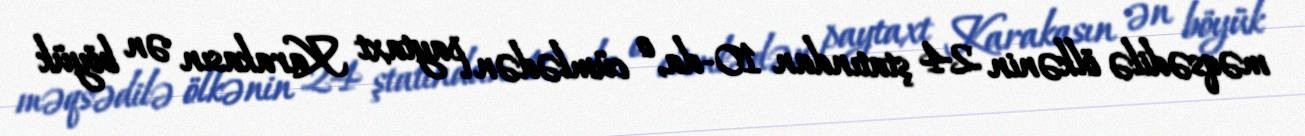
məqsədilə ölkənin 24 ştatından 10-da, o cümlədən paytaxt Karakasın ən böyük